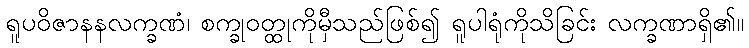
ရူပဝိဇာနနလက္ခဏံ၊ စက္ခုဝတ္ထုကိုမှီသည်ဖြစ်၍ ရူပါရုံကိုသိခြင်း လက္ခဏာရှိ၏။